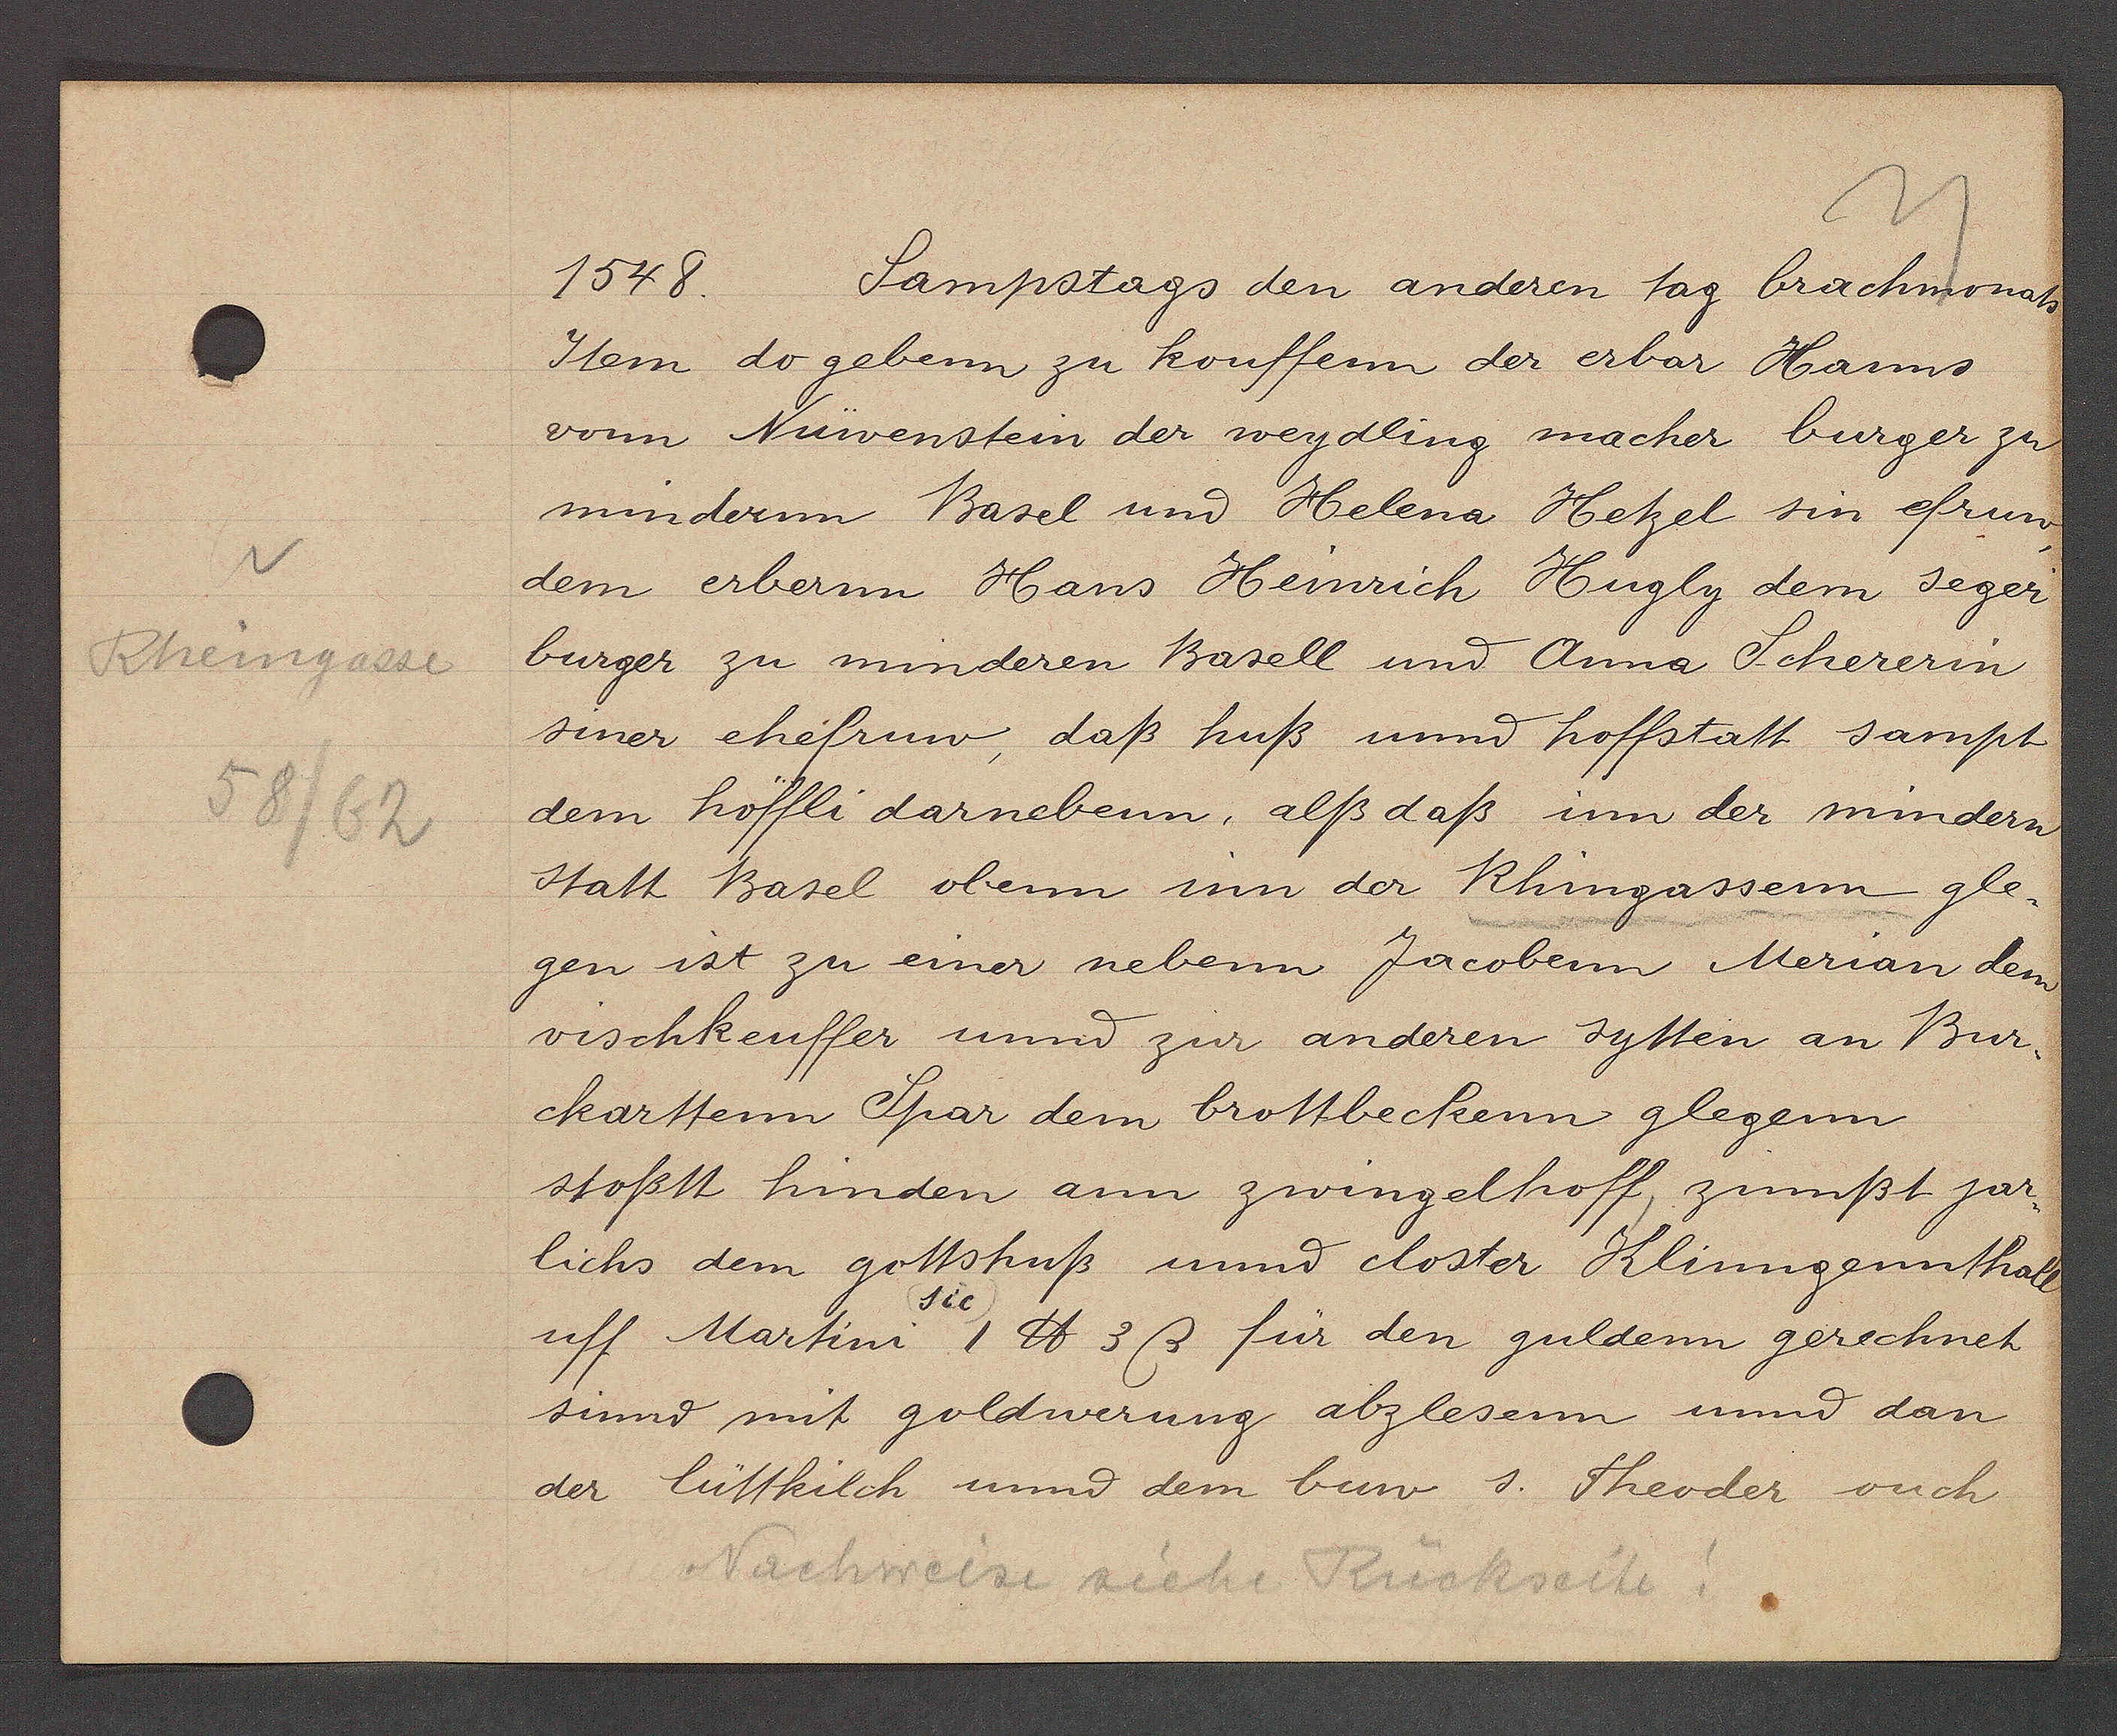
Transcript:
v
Rheingasse
58/62

1548.
Sampstags den anderen tag brachmonats

Item do gebenn zu kouffenn der erbar Hanns
vonn Nüwenstein der weydling macher burger zu
mindernn Basel und Helena Hetzel sin efruw
dem erbernn Hans Heinrich Hugly dem seger
burger zu minderen Basell und Anna Schererin
siner ehefruw, daß huß und hoffstatt sampt
dem höffli darnebenn, alß daß in der mindern
statt Basel obenn inn der Rhingassenn gle¬
gen ist zu einer nebenn Jacobenn Merian dem
vischkeuffer und zur anderen sytten an Bur¬
ckarttenn Spar dem brottbeckenn glegenn
stoßtt hinden ann zwingelhoff, zinnßt jar¬
lichs dem gottshuß und closter Klinngennthall
sie
uff Martini 1 ℔ 3ß für den guldenn gerechnet
sind mit goldwerung abzlesenn und dan
der lüttkilch und dem buw s. Theoder ouch

Nachweise siehe Rückseite